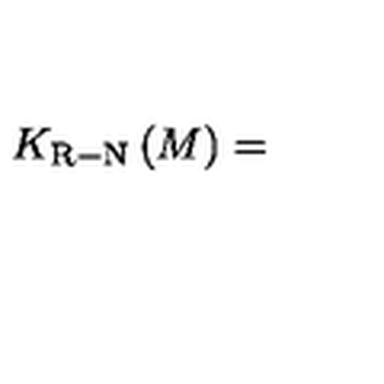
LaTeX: K _ { \mathrm { R - N } } \left( M \right) =